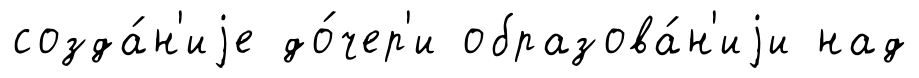
созда́н'иjе до́чер'и образова́н'иjи над